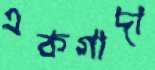
একগাদা